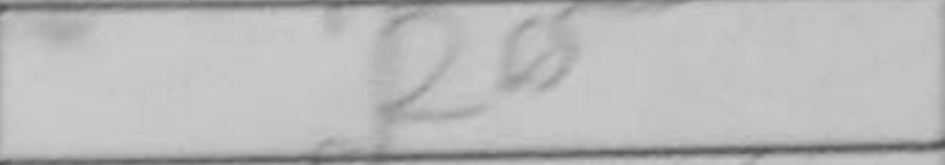
Transcription: Re5